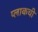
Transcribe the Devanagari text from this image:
प्लाकची